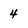
Character: 4